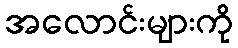
အလောင်းများကို